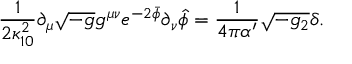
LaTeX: \frac { 1 } { 2 \kappa _ { 1 0 } ^ { 2 } } \partial _ { \mu } \sqrt { - g } g ^ { \mu \nu } e ^ { - 2 \bar { \phi } } \partial _ { \nu } \widehat { \phi } = \frac { 1 } { 4 \pi \alpha ^ { \prime } } \sqrt { - g _ { 2 } } \delta .